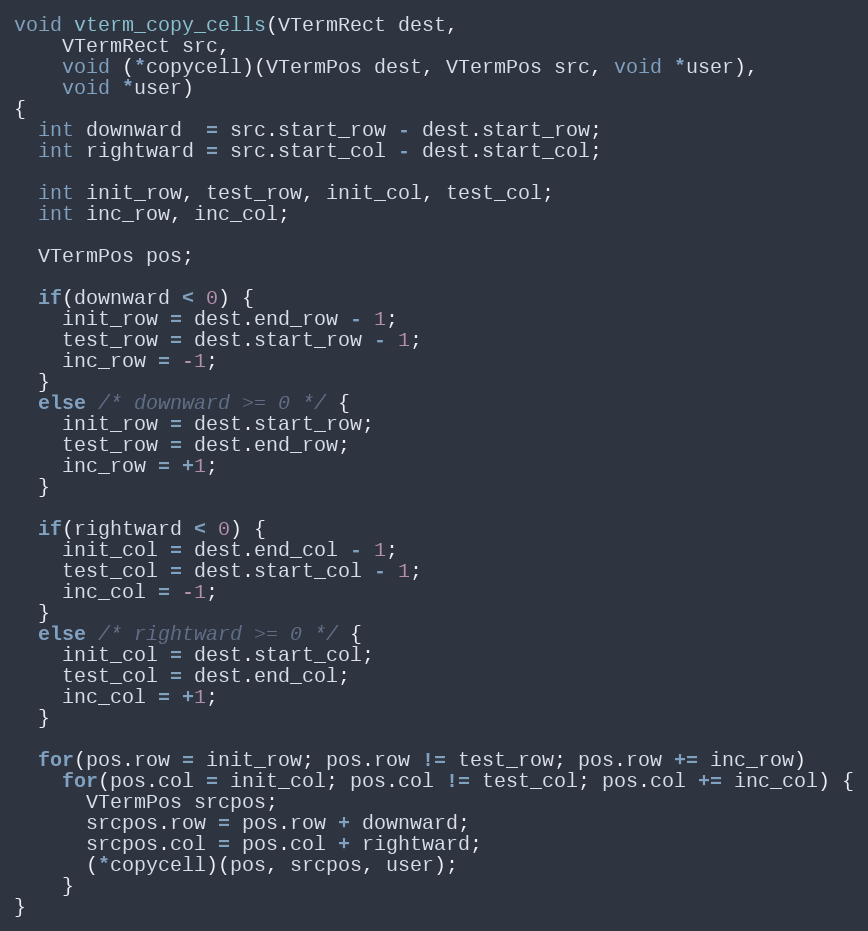
Language: C
void vterm_copy_cells(VTermRect dest,
    VTermRect src,
    void (*copycell)(VTermPos dest, VTermPos src, void *user),
    void *user)
{
  int downward  = src.start_row - dest.start_row;
  int rightward = src.start_col - dest.start_col;

  int init_row, test_row, init_col, test_col;
  int inc_row, inc_col;

  VTermPos pos;

  if(downward < 0) {
    init_row = dest.end_row - 1;
    test_row = dest.start_row - 1;
    inc_row = -1;
  }
  else /* downward >= 0 */ {
    init_row = dest.start_row;
    test_row = dest.end_row;
    inc_row = +1;
  }

  if(rightward < 0) {
    init_col = dest.end_col - 1;
    test_col = dest.start_col - 1;
    inc_col = -1;
  }
  else /* rightward >= 0 */ {
    init_col = dest.start_col;
    test_col = dest.end_col;
    inc_col = +1;
  }

  for(pos.row = init_row; pos.row != test_row; pos.row += inc_row)
    for(pos.col = init_col; pos.col != test_col; pos.col += inc_col) {
      VTermPos srcpos;
      srcpos.row = pos.row + downward;
      srcpos.col = pos.col + rightward;
      (*copycell)(pos, srcpos, user);
    }
}